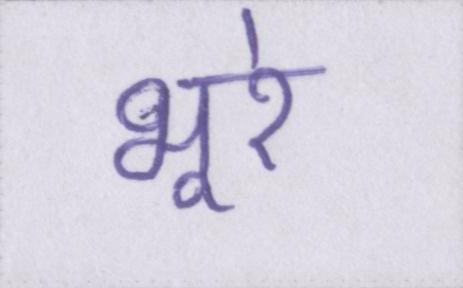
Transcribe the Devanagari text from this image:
भूरे